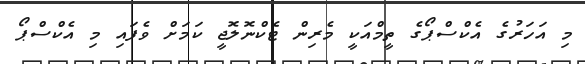
މި އަހަރުގެ އެކްސްޕޯގެ ތީމްއަކީ މެރިން ޓެކްނޮލޮޖީ ކަމަށް ވެފައި މި އެކްސްޕޯ